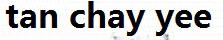
TAN CHAY YEE